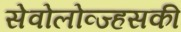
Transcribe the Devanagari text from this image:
सेवोलोव्ज्हसकी